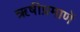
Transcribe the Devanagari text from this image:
ॠषीप्रमाणें